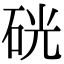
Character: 硄